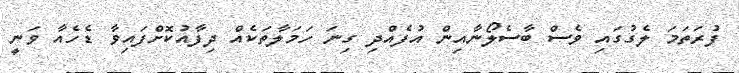
ފުރަތަމަ ލެގުގައި ވެސް ބާސެލޯނާއިން އުފެއްދި ގިނަ ހަމަލާތަކެއް ދިފާއުކޮށްފައިވާ ޑެހެއާ ވަނީ